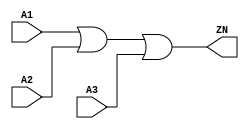
module OR3_X4 (A1, A2, A3, ZN);
  input A1;
  input A2;
  input A3;
  output ZN;

  or(ZN, i_4, A3);
  or(i_4, A1, A2);


endmodule